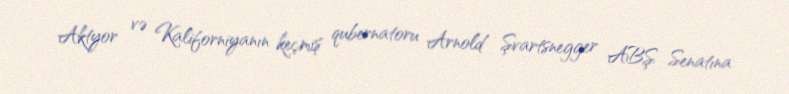
Aktyor və Kaliforniyanın keçmiş qubernatoru Arnold Şvartsnegger ABŞ Senatına